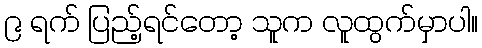
၉ ရက် ပြည့်ရင်တော့ သူက လူထွက်မှာပါ။